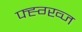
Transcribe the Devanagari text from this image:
फ्ह्ग्ख्ज